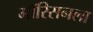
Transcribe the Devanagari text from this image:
मॉरिसनला